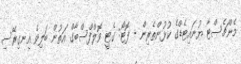
މެންޗެސްޓާ ޔުނައިޓެޑްގެ ކުޅުންތެރިން - ފޮޓޯ: ގެޓީ ވޮލްފްސްބާގް އަތުން ބަލިވެ އިނގިރޭސި